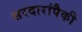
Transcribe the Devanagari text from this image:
सरदारांपैकी